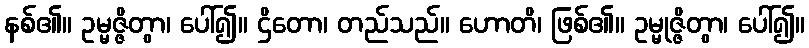
နစ်၏။ ဥမ္မဇ္ဇိတွာ၊ ပေါ်၍။ ဌိတော၊ တည်သည်။ ဟောတိ၊ ဖြစ်၏။ ဥမ္မုဇ္ဇိတွာ၊ ပေါ်၍။